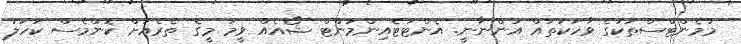
މުމެންޓްސްތަކުގެ ވާހަކަތައް އަންނާނީ. އެންޓަޓެއިންމަންޓް ޝޯއެއް ވީމަ މީގެ ތެރެއަށް ކޮންމެސް ކަހަލަ